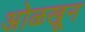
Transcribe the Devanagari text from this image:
अोळखून